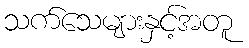
သက်သေများနှင့်အတူ